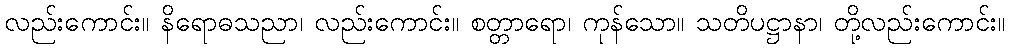
လည်းကောင်း။ နိရောဓသညာ၊ လည်းကောင်း။ စတ္တာရော၊ ကုန်သော။ သတိပဋ္ဌာနာ၊ တို့လည်းကောင်း။